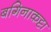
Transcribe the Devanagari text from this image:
बगिनाकट्टा